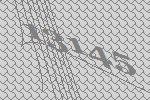
13145